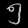
Digit: ၅